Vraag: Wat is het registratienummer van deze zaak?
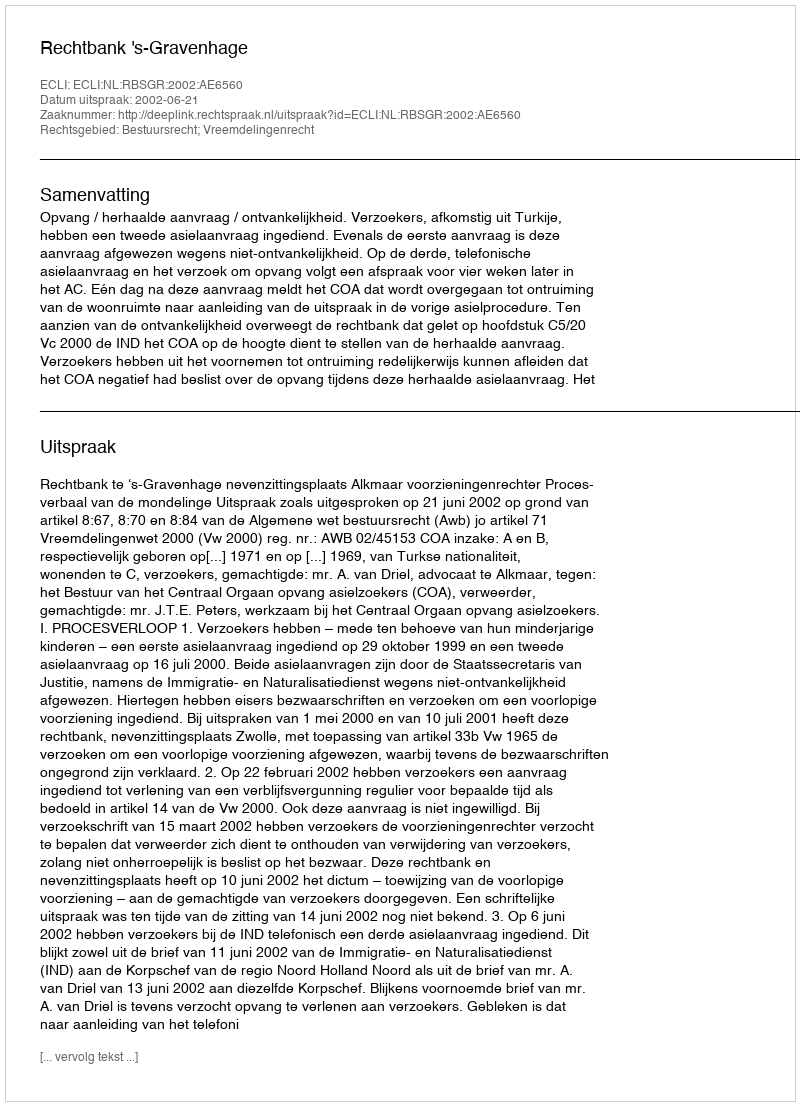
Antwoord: http://deeplink.rechtspraak.nl/uitspraak?id=ECLI:NL:RBSGR:2002:AE6560